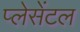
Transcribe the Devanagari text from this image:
प्लेसेंटल